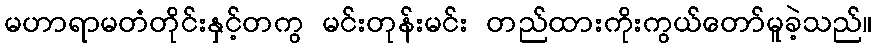
မဟာရာမတံတိုင်းနှင့်တကွ မင်းတုန်းမင်း တည်ထားကိုးကွယ်တော်မူခဲ့သည်။